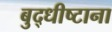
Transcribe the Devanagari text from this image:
बुद्धीष्टाना